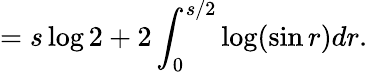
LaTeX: =s\log 2+2\int_{0}^{s/2}\log(\sin r)dr.